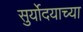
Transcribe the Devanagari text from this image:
सुर्योदयाच्या